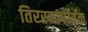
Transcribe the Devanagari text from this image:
तिरस्कार्पोर्वक